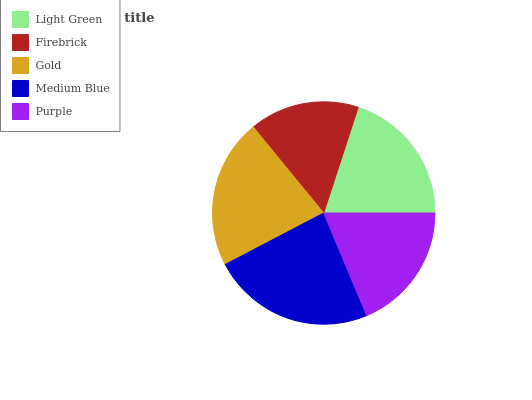
| Light Green | Firebrick | Gold | Medium Blue | Purple |
 | --- | --- | --- | --- | --- |
 | 20% | 15.9% | 21.8% | 23.7% | 18.6% |